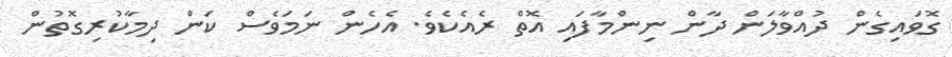
ގޮވައިގެން ދުއްވާލަން ދާން ނިންމާފައި އޮތް ރެއެކެވެ. އެހެން ނަމަވެސް ކަން ދިމާކުރިގޮތުން